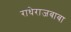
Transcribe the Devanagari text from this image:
राधेराजबाबा